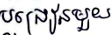
បង្រៀនមួយ